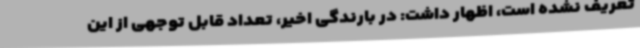
تعریف نشده است، اظهار داشت: در بارندگی اخیر، تعداد قابل توجهی از این